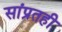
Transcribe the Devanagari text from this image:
सांप्रतही